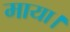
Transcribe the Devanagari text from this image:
माया।